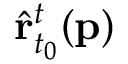
\hat { \mathbf { r } } _ { t _ { 0 } } ^ { t } ( \mathbf { p } )